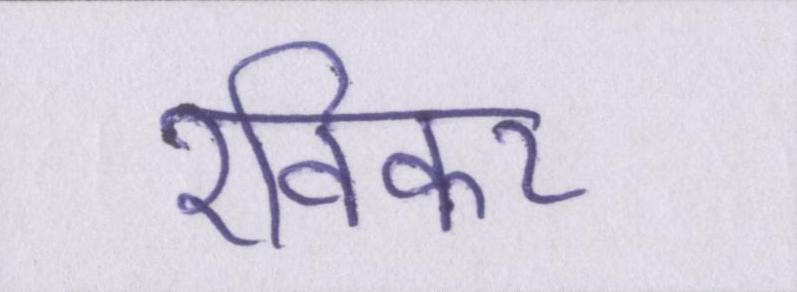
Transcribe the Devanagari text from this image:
रविकर